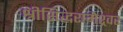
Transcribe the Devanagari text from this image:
श्रीसिद्धरामेश्र्वर